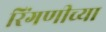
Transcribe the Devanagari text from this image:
रिंगणीच्या